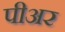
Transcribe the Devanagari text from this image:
पीअर